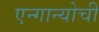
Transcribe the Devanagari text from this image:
एन्गान्योची